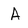
Character: A